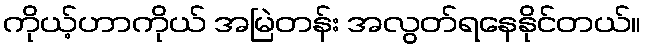
ကိုယ့်ဟာကိုယ် အမြဲတန်း အလွတ်ရနေနိုင်တယ်။